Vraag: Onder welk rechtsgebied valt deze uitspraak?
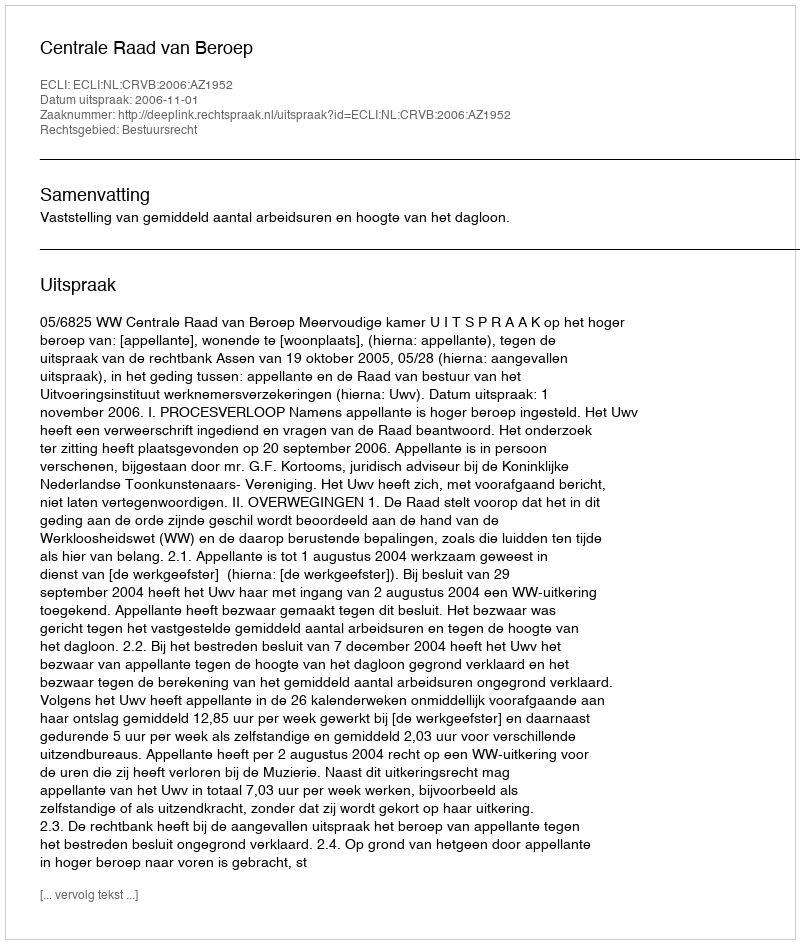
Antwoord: Bestuursrecht